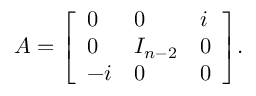
A = { \left[ \begin{array} { l l l } { 0 } & { 0 } & { i } \\ { 0 } & { I _ { n - 2 } } & { 0 } \\ { - i } & { 0 } & { 0 } \end{array} \right] } .